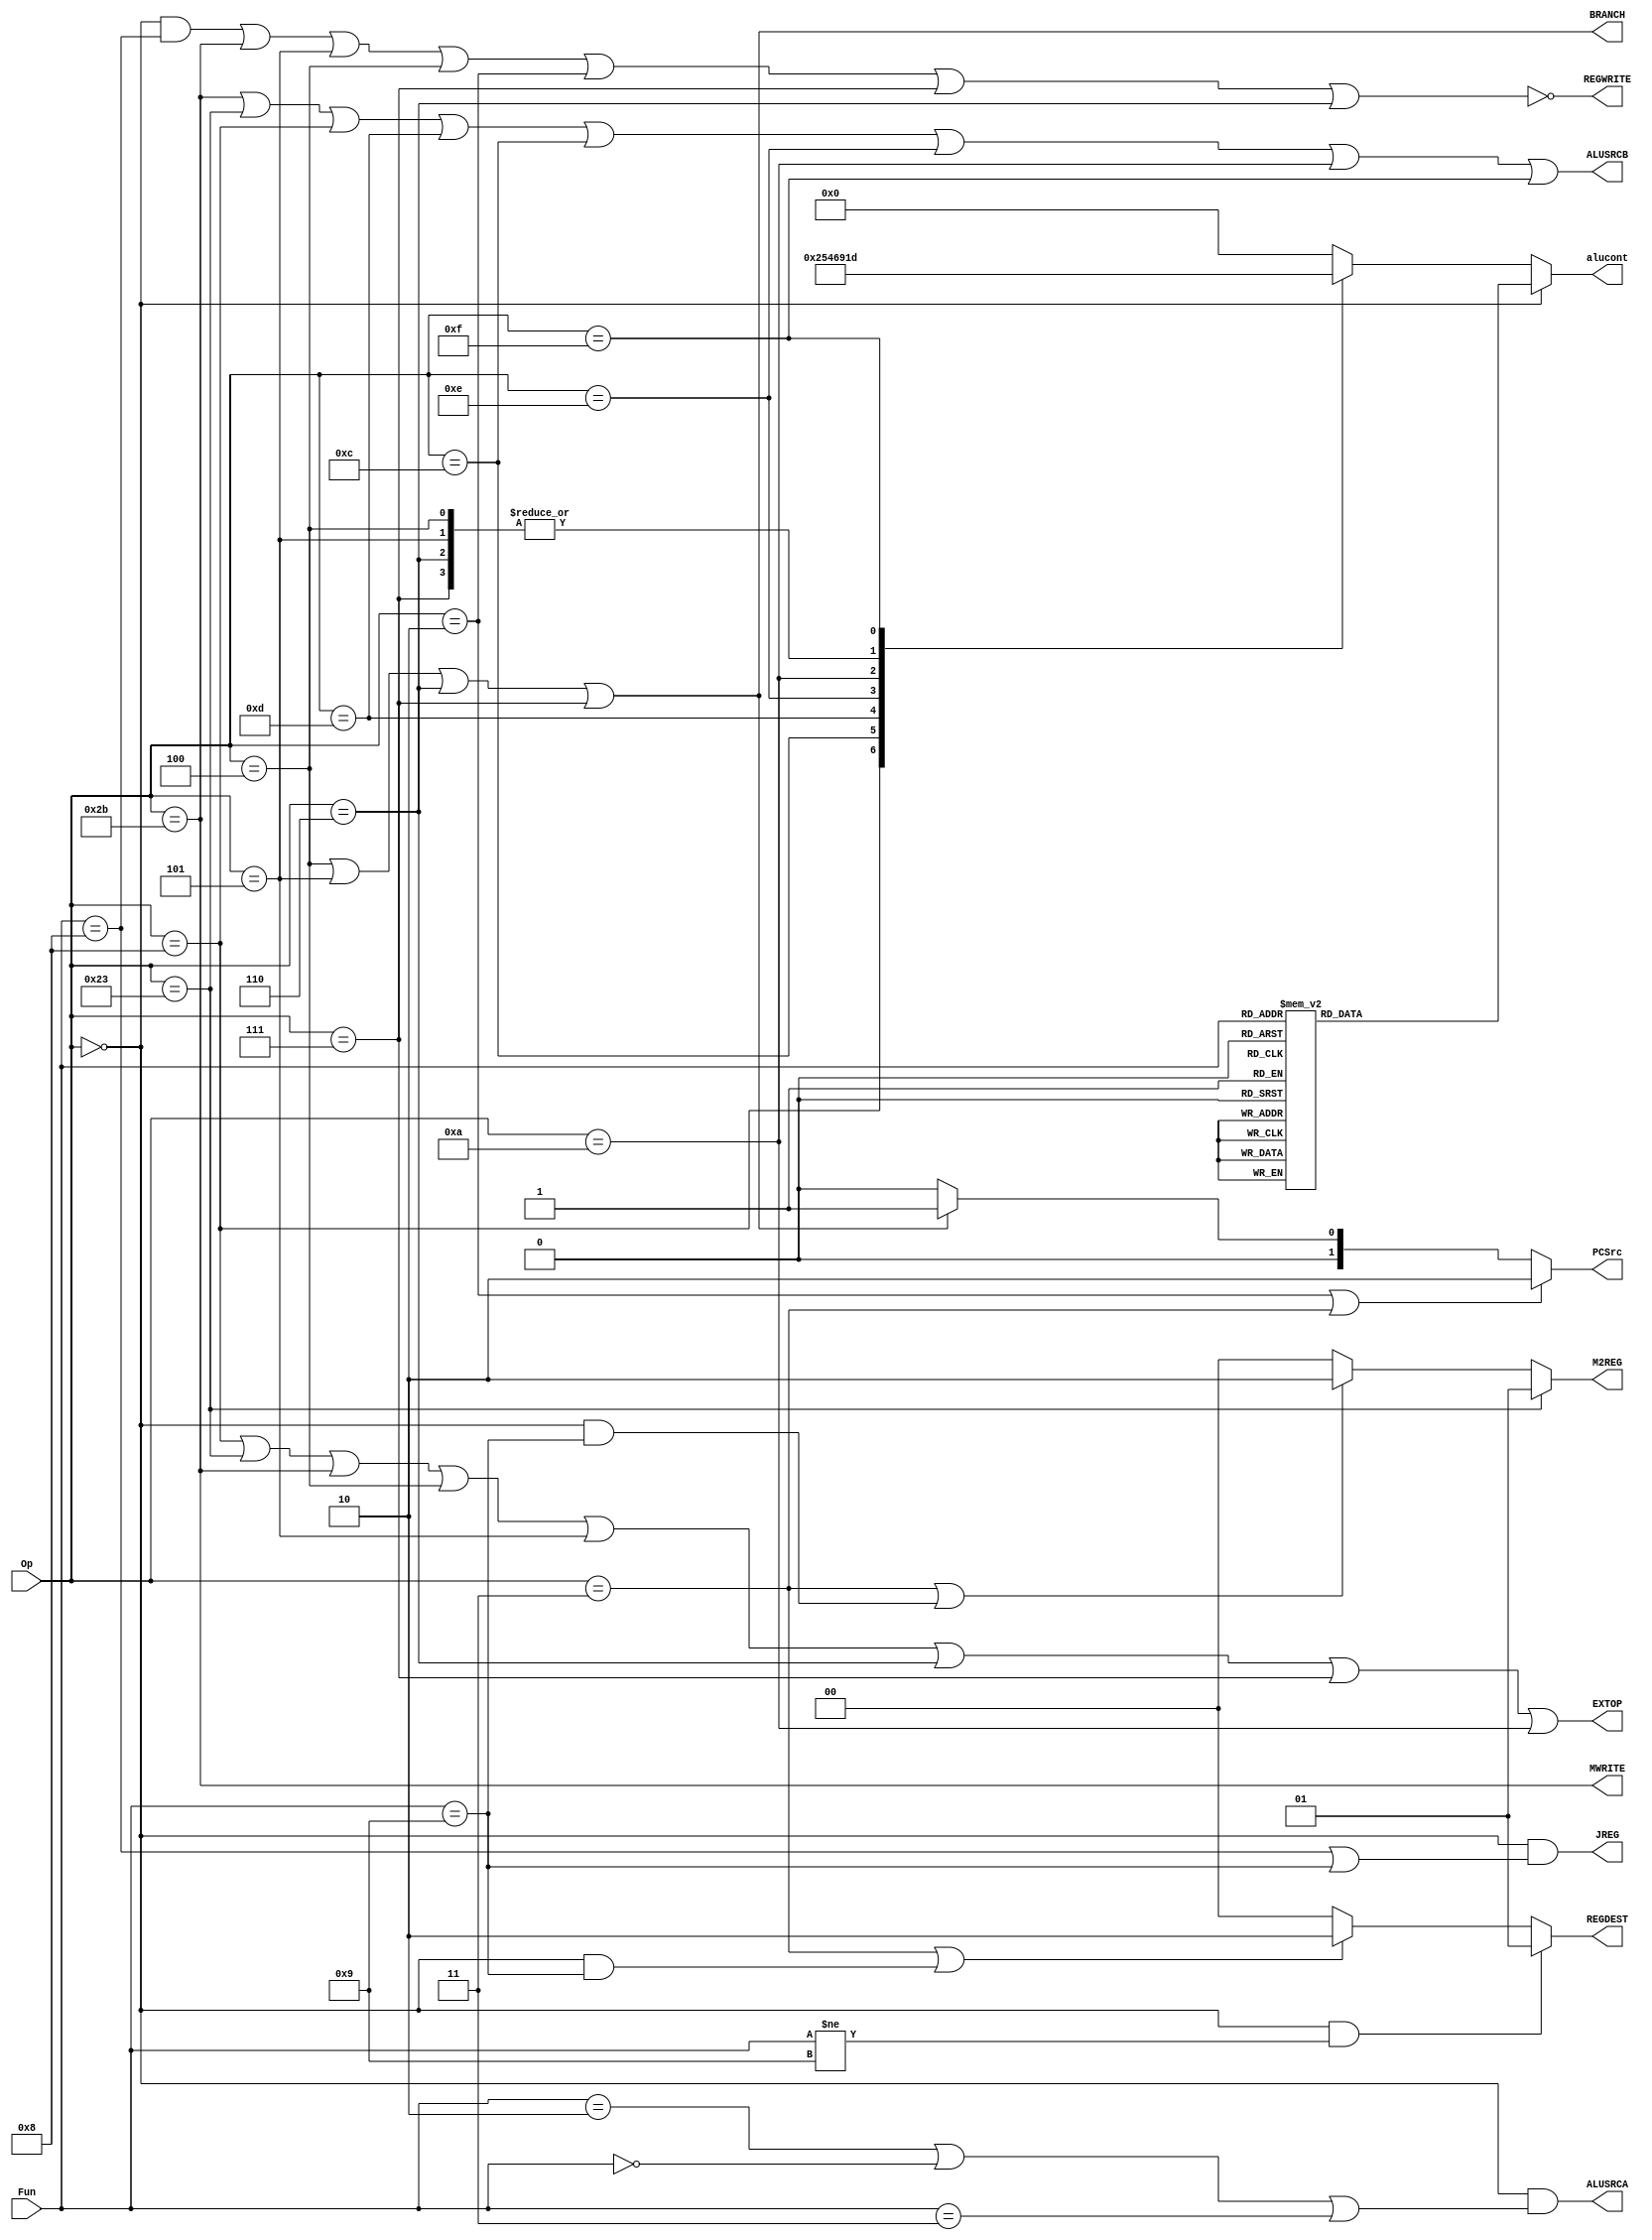
/******************************************************************/

module controlunit(
  input [5:0] Op,
  input [5:0] Fun,
  output [1:0] M2REG, // [1:0]
  output MWRITE,
  output BRANCH,
  output JREG,
  output [1:0] PCSrc,
  output reg [3:0] alucont,
  output [1:0] REGDEST,
  output ALUSRCB,
  output ALUSRCA,
  output REGWRITE,
  output EXTOP
  );

parameter REGOP =  6'b000000;
//reg - code
parameter ADD   =  6'b100000,
          SUB   =  6'b100010,
          ADDU  =  6'b100001,
          SUBU  =  6'b100011,
          AND   =  6'b100100,
          OR    =  6'b100101,
          XOR   =  6'b100110,
          NOR   =  6'b100111,
          SLT   =  6'b101010,
          SLTU  =  6'b101011,
          SRL   =  6'b000010,
          SRA   =  6'b000011,
          SLL   =  6'b000000,
          SLLV  =  6'b000100,
          SRLV  =  6'b000110,
          SRAV  =  6'b000111,
          JR    =  6'b001000,
          JALR  =  6'b001001,
          NOP   =  6'b000000,

/********************************************************************/
//immediate - code

          ADDI  =  6'b001000,
          ANDI  =  6'b001100,
          ORI   =  6'b001101,
          XORI  =  6'b001110,
          LW    =  6'b100011,
          LUI   =  6'b001111,
          SW    =  6'b101011,
          BEQ   =  6'b000100,
          BNE   =  6'b000101,
          BLEZ  =  6'b000110,
          BGTZ  =  6'b000111,
          SLTI  =  6'b001010,

/************************************************************************/
//jump - code
          J     =  6'b000010,
          JAL   =  6'b000011;
//ALU cont
parameter A_addu = 4'b0000,
          A_subu = 4'b0001,
          A_add  = 4'b0010,
          A_sub  = 4'b0011,
          A_or   = 4'b0100,
          A_and  = 4'b0101,
          A_xor  = 4'b0110,
          A_nor  = 4'b0111,
          A_sltu = 4'b1000,
          A_slt  = 4'b1001,
          A_sll  = 4'b1010,
          A_srl  = 4'b1011,
          A_sra  = 4'b1100,
          A_lui  = 4'b1101;

wire JALL, JUMP;

 //control unit
/*controlunit control(instrF[31:26], instrF[5:0], memtoregF, memwriteF, ifbranchF, pcsrc,
                    alucontrolF, regdstF, alusrcaF, alusrcbF, regwriteF, extop);*/
assign M2REG = (Op == LW) ? 2'b01 : ((Op == JAL | (Op == REGOP & Fun == JALR)) ? 2'b10 : 2'b00);
//only when lw, we should write from mem to reg
assign MWRITE = Op == SW ;
//when sw, we shoulf write data into mem
assign BRANCH = (Op == BEQ) || (Op == BNE) || (Op == BLEZ) || (Op == BGTZ);
//BEQ\BNE\BGTZ\BLEZ
assign ALUSRCB = (Op == SW) || (Op == LW) || (Op == ADDI) || (Op == ORI) || (Op == ANDI) || (Op == XORI) || (Op == SLTI) || (Op == LUI);

assign ALUSRCA = (Op == REGOP) && (Fun == SRL || Fun == SLL || Fun == SRA);

assign REGDEST = ((Op == REGOP) && (Fun != JALR)) ? 2'b01 : ((Op == JAL) | ((Op == REGOP) && (Fun == JALR)) ? 2'b10: 2'b00) ; //when choose instr[21:16], the flag is 1;

assign REGWRITE = ~(((Op == REGOP) && (Fun == JR)) || (Op == SW) || (Op == BNE) || (Op == BEQ) || (Op == J) || (Op == BGTZ) || (Op == BLEZ)) ;

assign JALL = (Op == JAL) || (Op == REGOP && Fun == JALR);
//if writereg, the written reg is $31
assign JUMP = (Op == J) || (Op == JAL) ;

assign JREG = (Op == REGOP) && ((Fun == JR) || (Fun == JALR));

assign PCSrc = JUMP ? 2'b10 : (BRANCH ? 2'b01: 2'b00);

assign EXTOP = (Op == ADDI) || (Op == LW) || (Op == SW) || (Op == BEQ) || (Op == BNE) || (Op == BLEZ) || (Op == BGTZ) || (Op == SLTI);

//the ALU 
always @(*) 
begin
    if(Op == REGOP)
    begin
      case(Fun)
      ADD : alucont <= A_add; //add
      ADDU: alucont <= A_addu;
      SUBU: alucont <= A_subu;
      SUB : alucont <= A_sub; //sub
      AND : alucont <= A_and; //and
      OR  : alucont <= A_or; //or
      XOR : alucont <= A_xor; //xor
      NOR : alucont <= A_nor; //nor
      SLT : alucont <= A_slt; //slt
      SLTU: alucont <= A_sltu;
      SLL : alucont <= A_sll; //sll
      SLLV: alucont <= A_sll; //sll
      SRLV: alucont <= A_srl;
      SRAV: alucont <= A_sra;
      SRL : alucont <= A_srl; //srl
      SRA : alucont <= A_sra; //sra
      default: alucont <= A_addu;
      endcase
    end
    else 
    begin
      case(Op)
      ADDI: alucont <= A_add; //add
      ANDI: alucont <= A_and; //and
      ORI : alucont <= A_or; //or
      XORI: alucont <= A_xor; //xor
      SLTI: alucont <= A_slt;
      LW  : alucont <= A_addu; //
      SW  : alucont <= A_addu; //
      BNE : alucont <= A_subu; //
      BEQ : alucont <= A_subu; //
      BLEZ: alucont <= A_subu; //
      BGTZ: alucont <= A_subu; //
      LUI : alucont <= A_lui;
      default: alucont <= A_addu;
      endcase
    end
end
endmodule